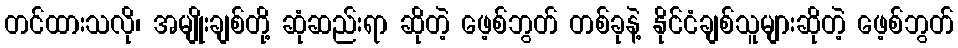
တင်ထားသလို၊ အမျိုးချစ်တို့ ဆုံဆည်းရာ ဆိုတဲ့ ဖေ့စ်ဘွတ် တစ်ခုနဲ့ နိုင်ငံချစ်သူများဆိုတဲ့ ဖေ့စ်ဘွတ်